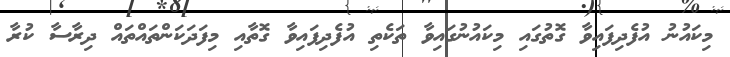
މިކައުނު އުފެދިފައިވާ ގޮތުގައި މިކައުނުގައިވާ ތަކެތި އުފެދިފައިވާ ގޮތާއި މިފަދަކަންތައްތައް ދިރާސާ ކުރާ